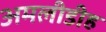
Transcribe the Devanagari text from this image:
अमलीडीह